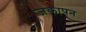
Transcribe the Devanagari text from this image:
जकापन